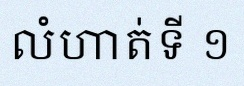
លំហាត់ទី ១